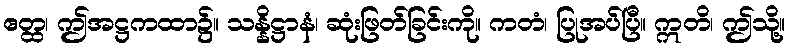
ဧတ္ထ၊ ဤအဋ္ဌကထာ၌။ သန္နိဋ္ဌာနံ၊ ဆုံးဖြတ်ခြင်းကို။ ကတံ၊ ပြုအပ်ပြီ။ ဣတိ၊ ဤသို့။